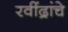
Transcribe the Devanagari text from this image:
रवींद्रांचे